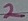
Text: 2